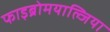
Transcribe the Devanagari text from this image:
फाइब्रोमयाल्जिया